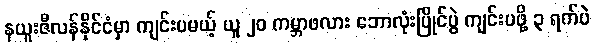
နယူးဇီလန်နိုင်ငံမှာ ကျင်းပမယ့် ယူ ၂၀ ကမ္ဘာဖလား ဘောလုံးပြိုင်ပွဲ ကျင်းပဖို့ ၃ ရက်ပဲ